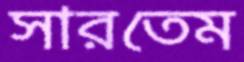
সারতেম